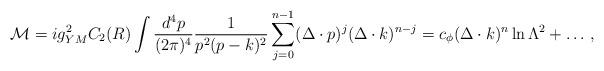
LaTeX: \begin{align*}{\cal M} = i g_{YM}^2 C_2(R) \int {d^4 p \over (2\pi)^4} {1 \over p^2 (p-k)^2} \sum_{j=0}^{n-1} (\Delta \cdot p)^j (\Delta \cdot k)^{n-j} = c_\phi (\Delta \cdot k)^n \ln\Lambda^2 + \ldots \,,\end{align*}